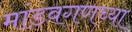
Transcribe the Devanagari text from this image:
मांडवगणच्या